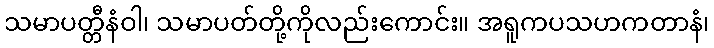
သမာပတ္တီနံဝါ၊ သမာပတ်တို့ကိုလည်းကောင်း။ အရူကပသဟကတာနံ၊